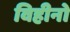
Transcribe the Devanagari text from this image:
विहीनो